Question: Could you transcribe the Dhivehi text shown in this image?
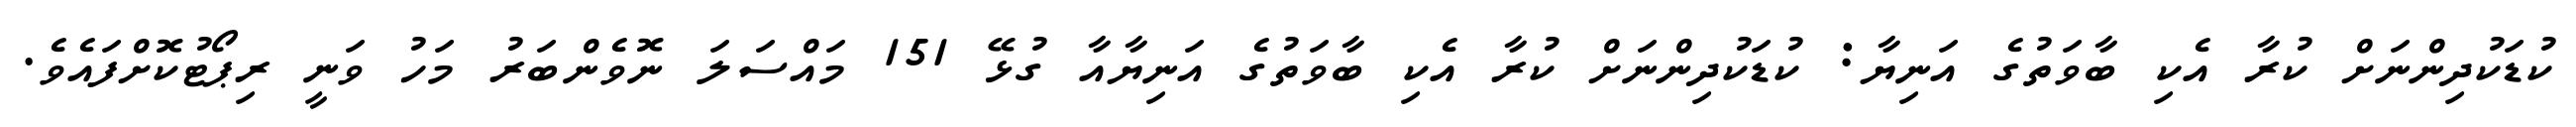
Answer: ކުޑަކުދިންނަށް ކުރާ އެކި ބާވަތުގެ އަނިޔާ: ކުޑަކުދިންނަށް ކުރާ އެކި ބާވަތުގެ އަނިޔާއާ ގުޅޭ 151 މައްސަލަ ނޮވެންބަރު މަހު ވަނީ ރިޕޯޓުކޮށްފައެވެ.